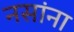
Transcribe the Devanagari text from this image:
नसांना